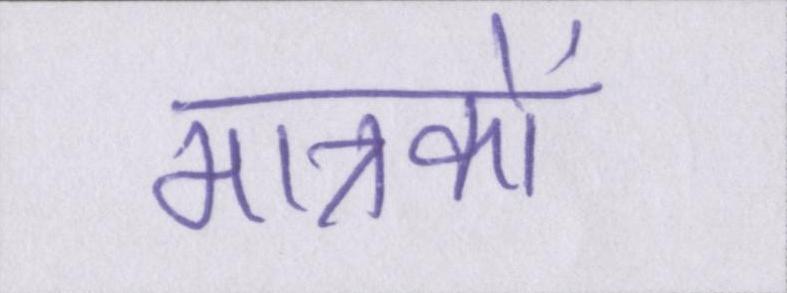
मात्रकों